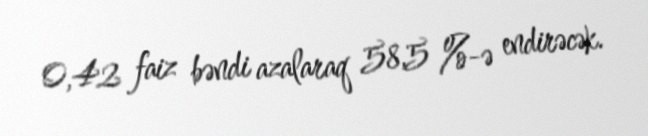
0,42 faiz bəndi azalaraq 58,5 %-ə endirəcək.